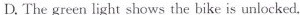
D. The green light shows the bike is unlocked.